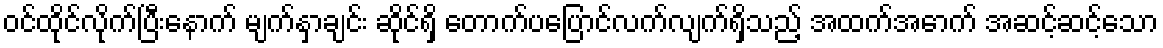
ဝင်ထိုင်လိုက်ပြီးနောက် မျက်နှာချင်း ဆိုင်ရှိ တောက်ပပြောင်လက်လျက်ရှိသည့် အထက်အောက် အဆင့်ဆင့်သော